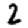
Digit: 2